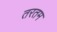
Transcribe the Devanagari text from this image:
तरतम